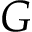
G